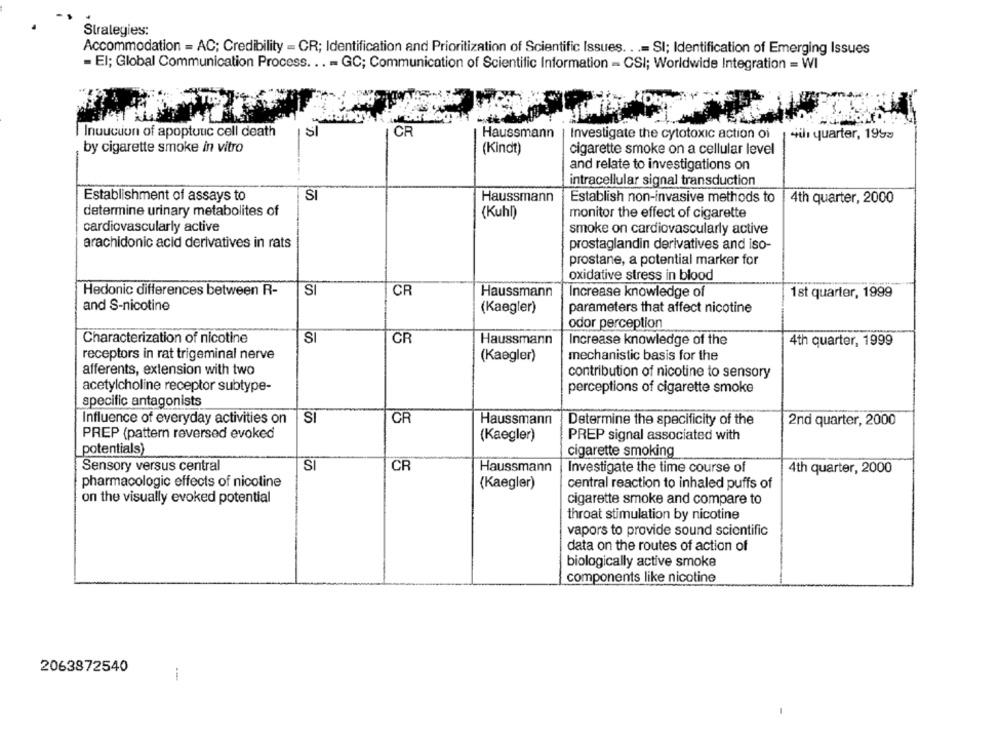
Strategies:
Accommodation = AC; Credibility = CR; Identification and Prioritization of Scientific Issues. . .= SI; Identification of Emerging Issues
- El; Global Communication Process ... - GC; Communication of Scientific Information - CSI; Worldwide Integration = WI
Inuucuon of apoptuuc cell death
CR
Investigate the cytotoxic action oi
Haussmann
1 4th quarter, 1953
by cigarette smoke in vitro
(Kindt)
cigarette smoke on a cellular level
and relate to investigations on
intracellular signal transduction
Establishment of assays to
SI
Haussmann
Establish non-invasive methods to
4th quarter, 2000
determine urinary metabolites of
(Kuhl)
monitor the effect of cigarette
cardiovascularly active
smoke on cardiovascularly active
arachidonic acid derivatives in rats
prostaglandin derivatives and iso-
prostane, a potential marker for
oxidative stress in blood
CR
Hedonic differences between R-
S
Haussmann
Increase knowledge of
1st quarter, 1999
and S-nicotine
(Kaegler)
parameters that affect nicotine
odor perception
Characterization of nicotine
SI
CR
Haussmann
Increase knowledge of the
4th quarter, 1999
receptors in rat trigeminal nerve
mechanistic basis for the
(Kaegler)
afferents, extension with two
contribution of nicotine to sensory
acetylcholine receptor subtype-
perceptions of cigarette smoke
specific antagonists
Influence of everyday activities on
SI
CR
Haussmann
Determine the specificity of the
2nd quarter, 2000
PREP (pattern reversed evoked
(Kaegler)
PREP signal associated with
potentials)
cigarette smoking
Sensory versus central
SI
CR
Haussmann
Investigate the time course of
4th quarter, 2000
pharmacologic effects of nicotine
(Kaegler)
central reaction to inhaled puffs of
on the visually evoked potential
cigarette smoke and compare to
throat stimulation by nicotine
vapors to provide sound scientific
data on the routes of action of
biologically active smoke
components like nicotine
2063872540
i